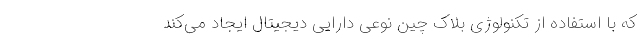
که با استفاده از تکنولوژی بلاک چین نوعی دارایی دیجیتال ایجاد می‌کند